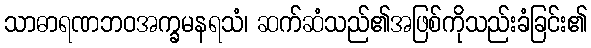
သာဓာရဏဘဝအက္ခမနရသံ၊ ဆက်ဆံသည်၏အဖြစ်ကိုသည်းခံခြင်း၏